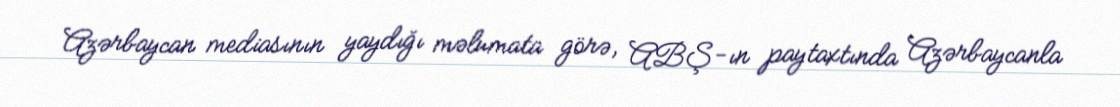
Azərbaycan mediasının yaydığı məlumata görə, ABŞ-ın paytaxtında Azərbaycanla